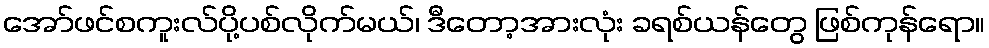
အော်ဖင်စကူးလ်ပို့ပစ်လိုက်မယ်၊ ဒီတော့အားလုံး ခရစ်ယန်တွေ ဖြစ်ကုန်ရော။